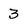
Character: 3